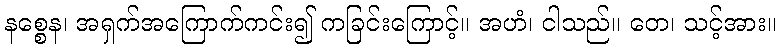
နစ္စေန၊ အရှက်အကြောက်ကင်း၍ ကခြင်းကြောင့်။ အဟံ၊ ငါသည်။ တေ၊ သင့်အား။